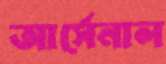
আর্সেনাল